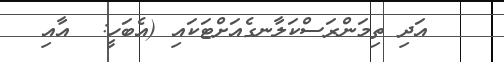
٤١   އަދި ތިމަންރަސްކަލާނގެއަށްޓަކައި (އެބަހީ:  އާއި